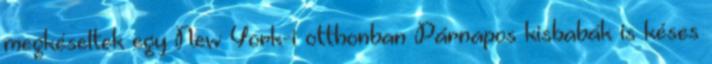
megkéseltek egy New York-i otthonban Párnapos kisbabák is késes